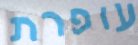
עופרת